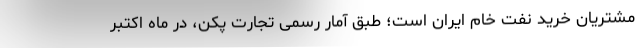
مشتریان خرید نفت خام ایران است؛ طبق آمار رسمی تجارت پکن، در ماه اکتبر